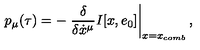
p _ { \mu } ( \tau ) = - \left. \frac { \delta } { \delta \dot { x } ^ { \mu } } I [ x , e _ { 0 } ] \right\vert _ { x = x _ { c o m b } } ,